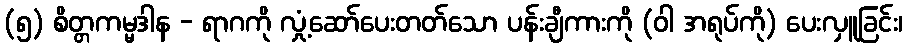
(၅) စိတ္တကမ္မဒါန - ရာဂကို လှုံ့ဆော်ပေးတတ်သော ပန်းချီကားကို (ဝါ အရုပ်ကို) ပေးလှူခြင်း၊